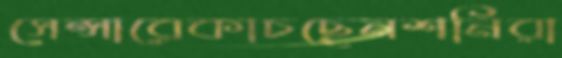
সেন্সারেকাচছেনশনিরা